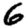
Digit: 6